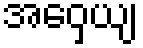
အဝှေယျ